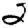
Digit: 2